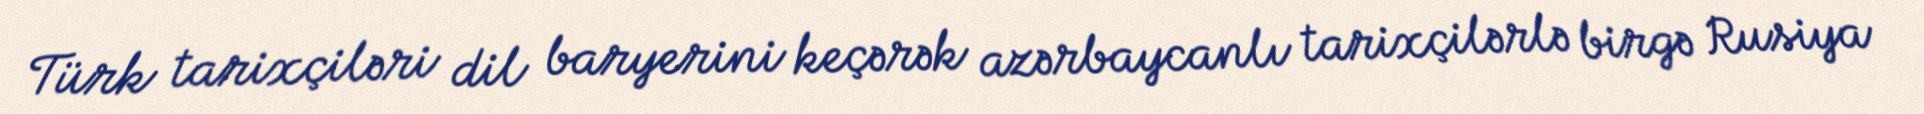
Türk tarixçiləri dil baryerini keçərək azərbaycanlı tarixçilərlə birgə Rusiya